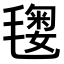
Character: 𣯲